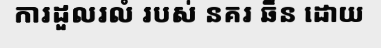
ការដួលរលំ របស់ នគរ ឆឹន ដោយ